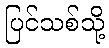
ပြင်သစ်သို့